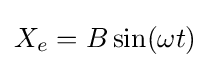
X_{e}=B\sin(\omega t)